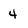
Character: 4